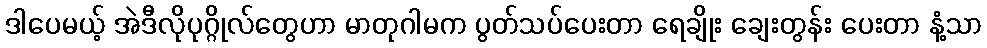
ဒါပေမယ့် အဲဒီလိုပုဂ္ဂိုလ်တွေဟာ မာတုဂါမက ပွတ်သပ်ပေးတာ ရေချိုး ချေးတွန်း ပေးတာ နံ့သာ